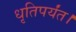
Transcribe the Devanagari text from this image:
धृतिपर्यंत।